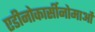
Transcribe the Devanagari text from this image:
एडीनोकार्सीनोमाओं